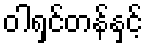
ဝါရှင်တန်နှင့်